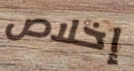
إخلاص